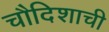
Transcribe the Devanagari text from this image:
चौदिशाची